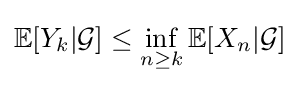
\mathbb {E} [Y_{k}|{\mathcal {G}}]\leq \inf _{n\geq k}\mathbb {E} [X_{n}|{\mathcal {G}}]